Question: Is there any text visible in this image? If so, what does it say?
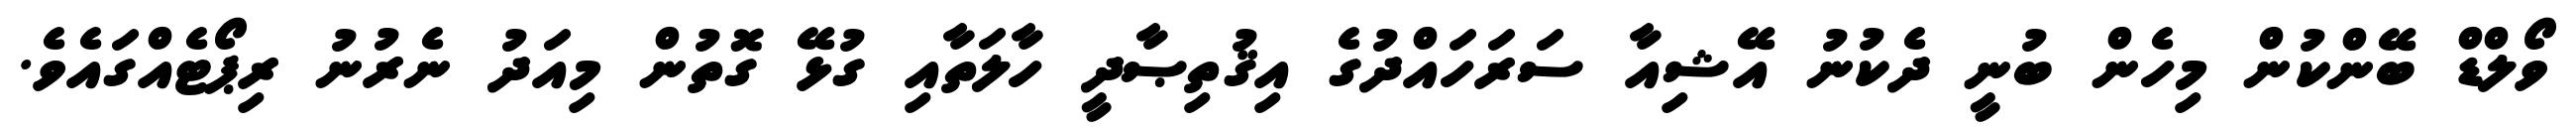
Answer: ވޯލްޑް ބޭންކުން މިހެން ބުނީ ދެކުނު އޭޝިއާ ސަރަހައްދުގެ އިޤުތިޞާދީ ހާލަތާއި ގުޅޭ ގޮތުން މިއަދު ނެރުނު ރިޕޯޓެއްގައެވެ.